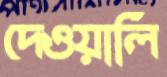
দেওয়ালি